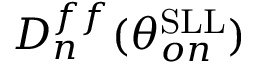
D _ { n } ^ { f f } ( \theta _ { o n } ^ { \mathrm { S L L } } )